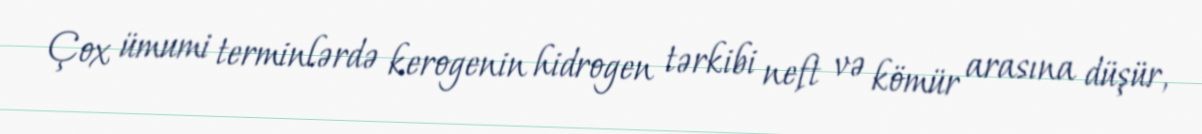
Çox ümumi terminlərdə kerogenin hidrogen tərkibi neft və kömür arasına düşür,